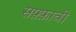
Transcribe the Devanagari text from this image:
सफ़्फ़ावी